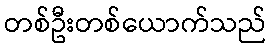
တစ်ဦးတစ်ယောက်သည်